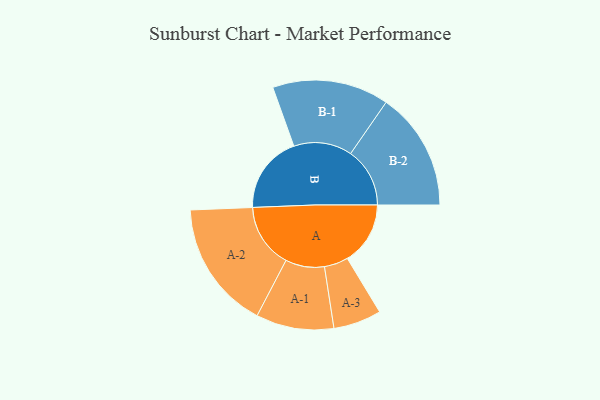
{"axis": {"x": "Segment", "y": "Value"}, "legend": ["", "A", "B"], "data": [{"x": "A", "y": 270, "type": ""}, {"x": "B", "y": 333, "type": ""}, {"x": "A-1", "y": 167, "type": "A"}, {"x": "A-2", "y": 276, "type": "A"}, {"x": "A-3", "y": 103, "type": "A"}, {"x": "B-1", "y": 250, "type": "B"}, {"x": "B-2", "y": 254, "type": "B"}]}